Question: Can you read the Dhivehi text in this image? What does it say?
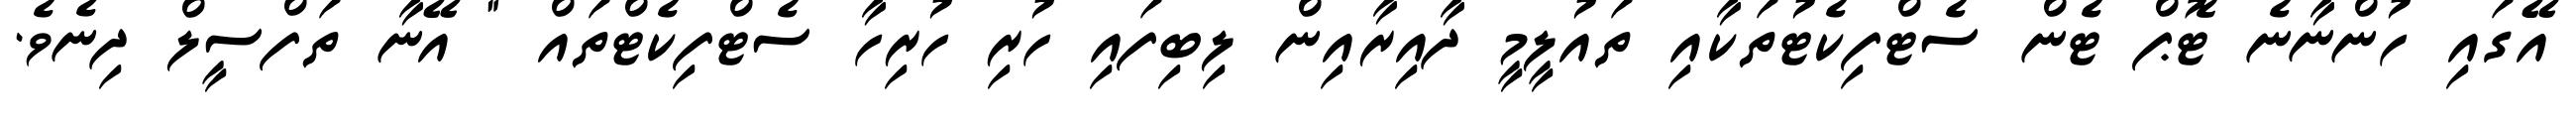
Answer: އޭގައި ހުންނާނެ ޓޮޕް ޓެން ސެޓްފިކެޓުތަކާއި ތައުލީމީ ދާއިރާއިން ލިބިފައި ހުރި ހުރިހާ ސެޓްފިކެޓްތައް " އޭނާ ތަފްސީލް ދިނެވެ.